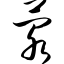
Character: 荥